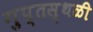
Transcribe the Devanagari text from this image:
गुप्तस्थळी